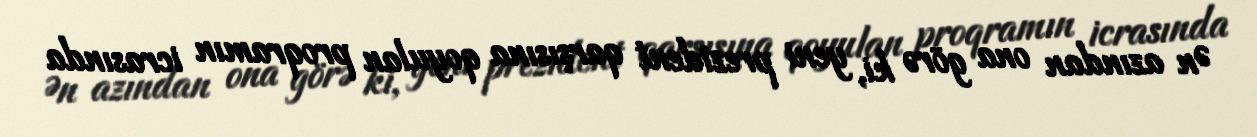
Ən azından ona görə ki, yeni prezident qarşısına qoyulan proqramın icrasında